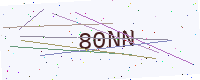
Text: 80NN